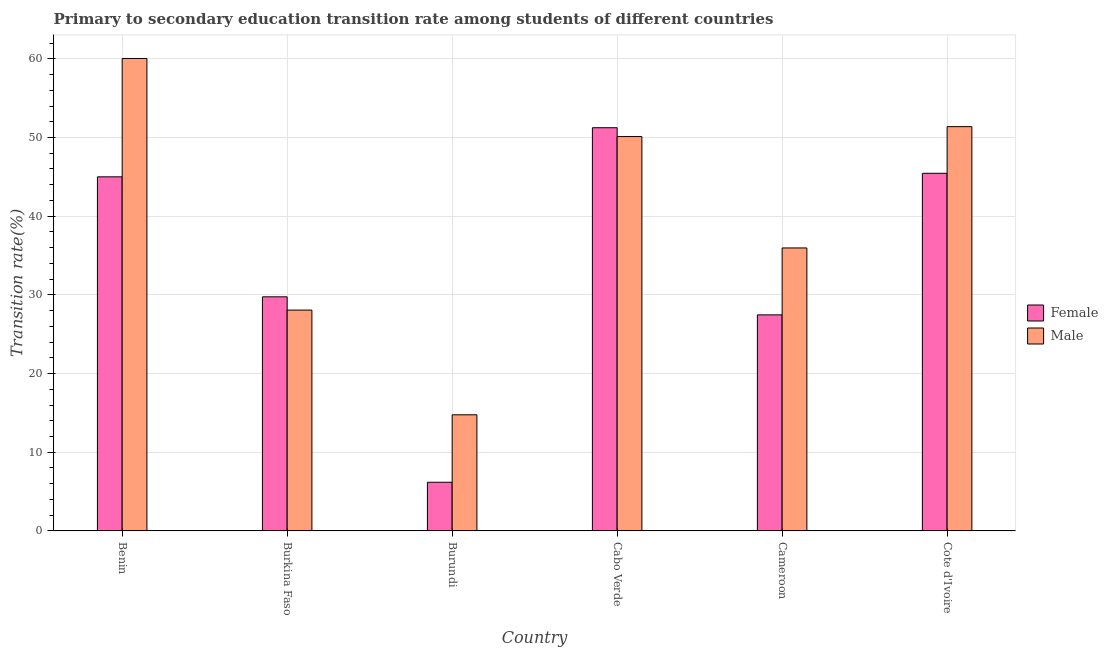
| Country | Female | Male |
 | --- | --- | --- |
 | Benin | 45 | 60 |
 | Burkina Faso | 29.8 | 28.1 |
 | Burundi | 6.19 | 14.8 |
 | Cabo Verde | 51.2 | 50.1 |
 | Cameroon | 27.5 | 36 |
 | Cote d'Ivoire | 45.5 | 51.4 |